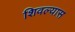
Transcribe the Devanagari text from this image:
शिवल्यास